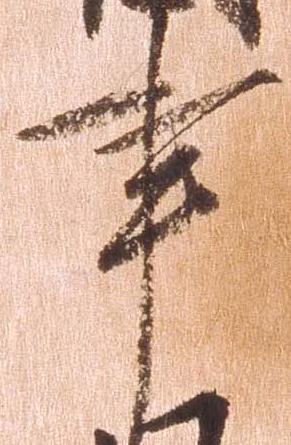
事